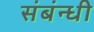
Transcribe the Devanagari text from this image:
संबंन्धी